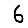
Digit: 6